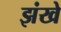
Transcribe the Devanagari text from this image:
झंखे